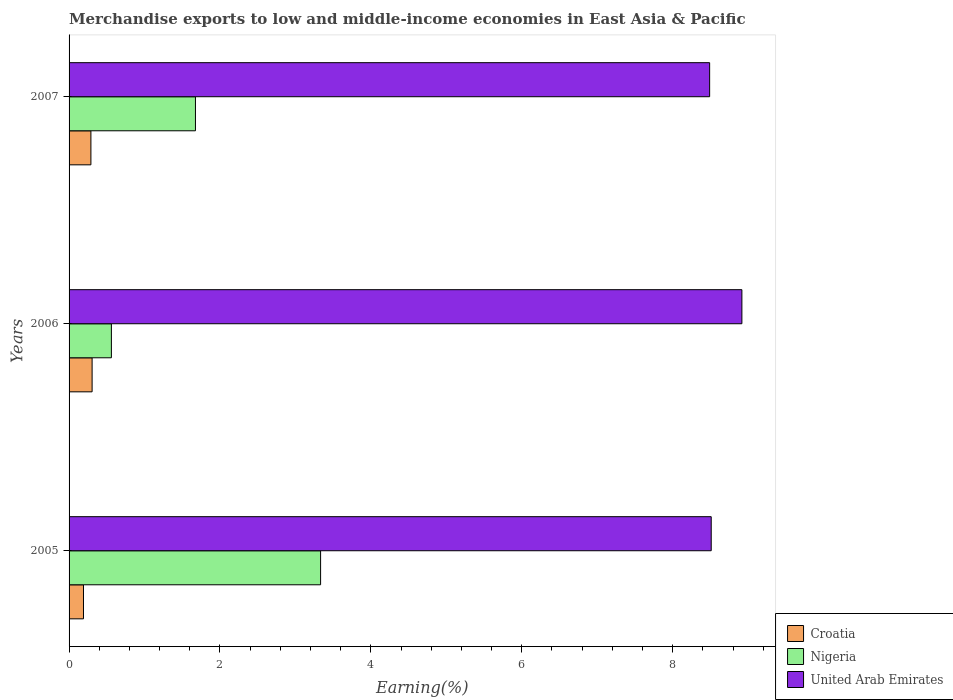
| Years | Croatia | Nigeria | United Arab Emirates |
 | --- | --- | --- | --- |
 | 2005 | 0.191 | 3.33 | 8.51 |
 | 2006 | 0.305 | 0.561 | 8.92 |
 | 2007 | 0.289 | 1.67 | 8.49 |